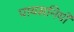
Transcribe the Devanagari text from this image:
पायसनियों